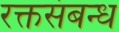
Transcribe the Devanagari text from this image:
रक्तसंबन्ध